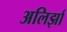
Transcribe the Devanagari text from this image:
अलिर्झा